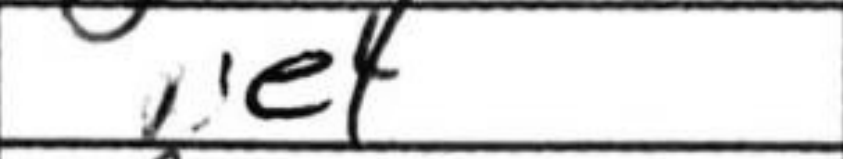
Transcription: e4